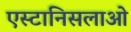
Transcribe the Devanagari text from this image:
एस्टानिसलाओ